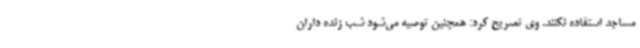
مساجد استفاده نکنند. وی تصریح کرد: همچنین توصیه می‌شود شب زنده داران